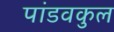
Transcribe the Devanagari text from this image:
पांडवकुल